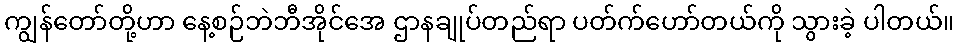
ကျွန်တော်တို့ဟာ နေ့စဉ်ဘဲဘီအိုင်အေ ဌာနချုပ်တည်ရာ ပတ်က်ဟော်တယ်ကို သွားခဲ့ ပါတယ်။